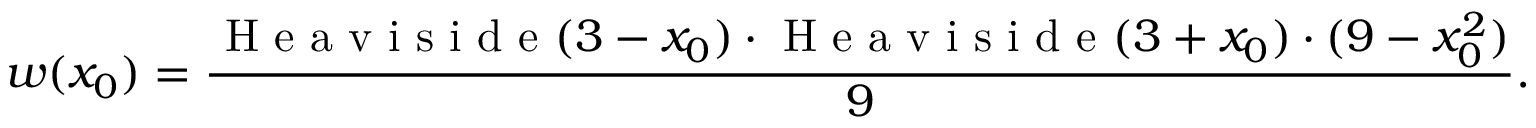
w ( x _ { 0 } ) = \frac { \mathrm { ~ H ~ e ~ a ~ v ~ i ~ s ~ i ~ d ~ e ~ } ( 3 - x _ { 0 } ) \cdot \mathrm { ~ H ~ e ~ a ~ v ~ i ~ s ~ i ~ d ~ e ~ } ( 3 + x _ { 0 } ) \cdot ( 9 - x _ { 0 } ^ { 2 } ) } { 9 } .